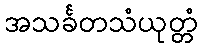
အသင်္ခတသံယုတ္တံ